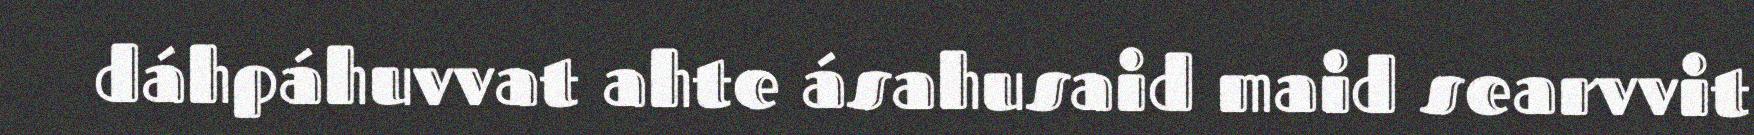
dáhpáhuvvat ahte ásahusaid maid searvvit